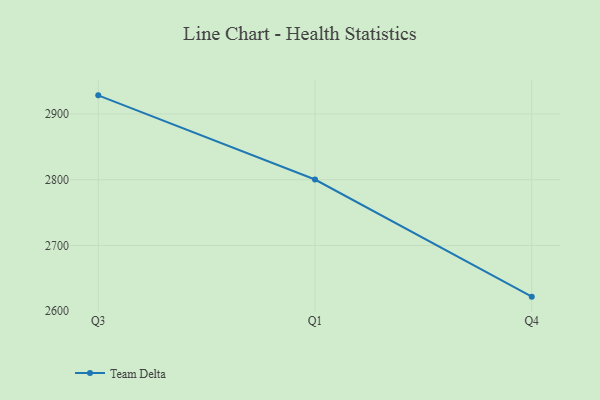
{"axis": {"x": "Quarter", "y": "Page Views"}, "legend": ["Team Delta"], "data": [{"x": "Q3", "y": 2928.3, "type": "Team Delta"}, {"x": "Q1", "y": 2800.3, "type": "Team Delta"}, {"x": "Q4", "y": 2622.2, "type": "Team Delta"}]}